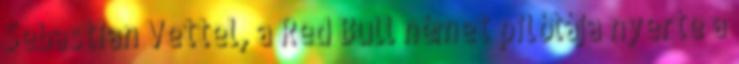
Sebastian Vettel, a Red Bull német pilótája nyerte a